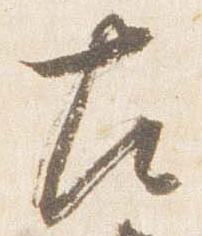
左